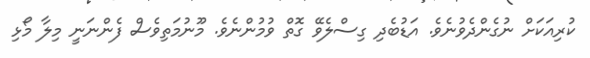
ކުރިއަކަށް ނުގެންދެވުނެވެ. އަޑުބެދި ގިސްލެވޭ ގޮތް ވުމުންނެވެ. މޫނުމަތިވެސް ފެންނަނީ މިލާ މޯޅި